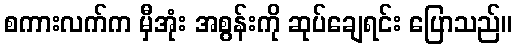
စကားလက်က မှီအုံး အစွန်းကို ဆုပ်ချေရင်း ပြောသည်။